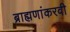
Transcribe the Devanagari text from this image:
ब्राह्मणांकरवी